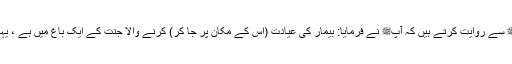
1464: سیدنا ثوبانؓ نبیﷺ سے روایت کرتے ہیں کہ آپﷺ نے فرمایا: بیمار کی عیادت (اس کے مکان پر جا کر) کرنے والا جنت کے ایک باغ میں ہے ، یہاں تک کہ وہ واپس لوٹے۔